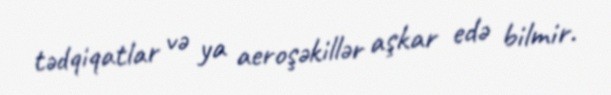
tədqiqatlar və ya aeroşəkillər aşkar edə bilmir.